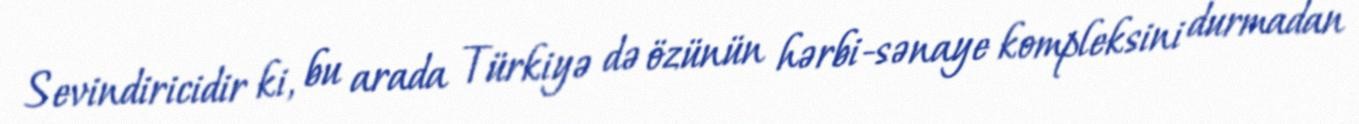
Sevindiricidir ki, bu arada Türkiyə də özünün hərbi-sənaye kompleksini durmadan